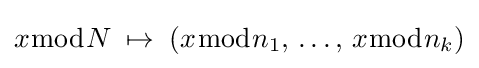
x{\bmod {N}}\;\mapsto \;(x{\bmod {n}}_{1},\,\ldots ,\,x{\bmod {n}}_{k})